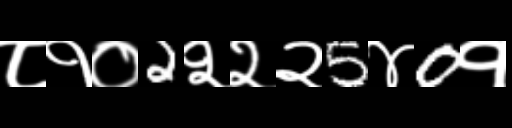
Text: ८१०2२२२5४0१